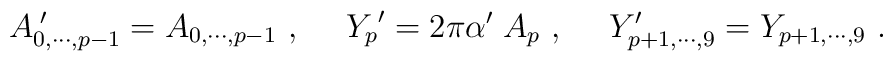
A_{0,\cdots , p-1}^{\;\prime}  =  {A_{0,\cdots , p-1}}\ ,  \ \ \ \  {Y_p}^{\prime}  =  2\pi\alpha^\prime\; A_p \ , \ \ \ \   Y_{p+1,\cdots,9}^\prime    =    Y_{p+1,\cdots,9}\ .